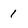
Character: 1